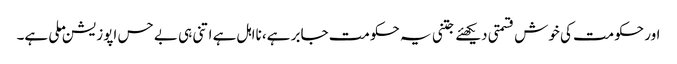
اور حکومت کی خوش قسمتی دیکھئے جتنی یہ حکومت جابر ہے، نااہل ہے اتنی ہی بے حس اپوزیشن ملی ہے۔